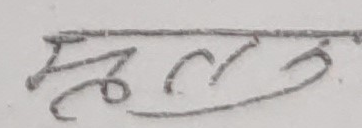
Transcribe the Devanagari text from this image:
महल्वु